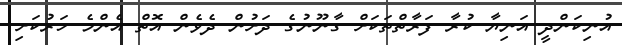
އުނިކަންދީ އަނިޔާ ކުރާ ފަރާތްތަކަށް ގާނޫނުގެ ދަށުން ދެވެން އޮތް އެންމެ ހަރުކަށި